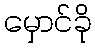
မှောင်ခို